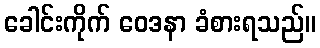
ခေါင်းကိုက် ဝေဒနာ ခံစားရသည်။